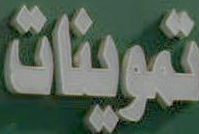
تموينات